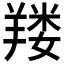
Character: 𰭚